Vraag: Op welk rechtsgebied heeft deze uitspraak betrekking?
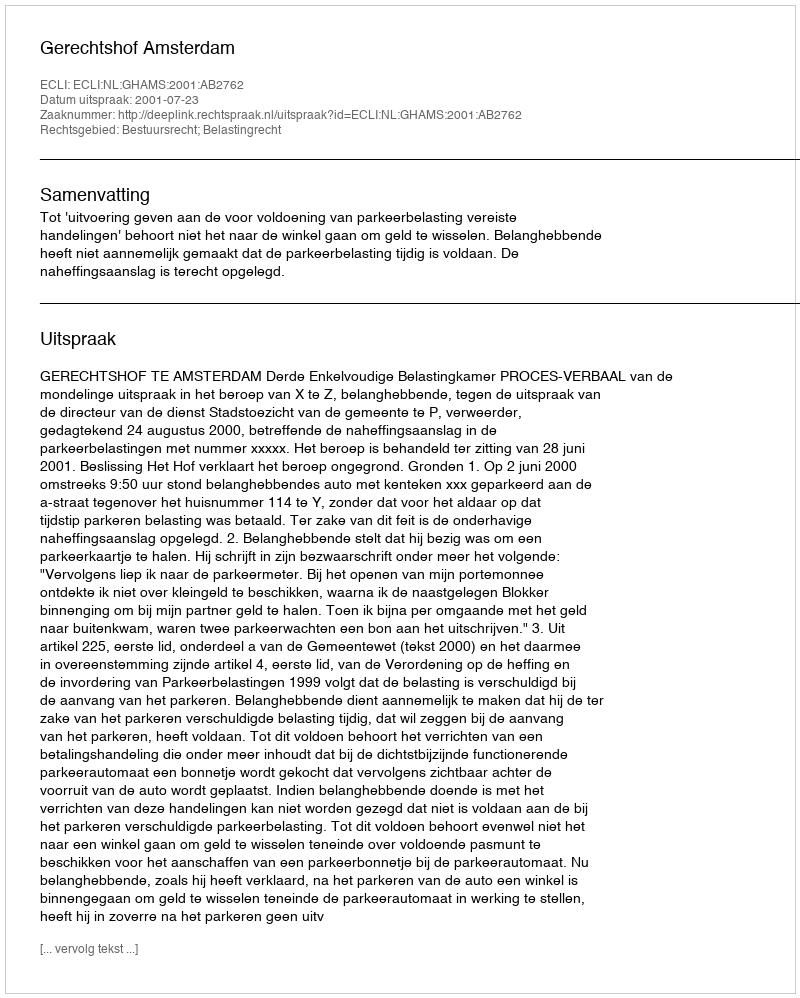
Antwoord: Bestuursrecht; Belastingrecht